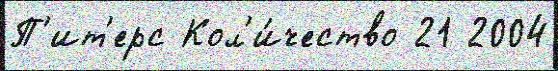
П'ит'ерс Кол'и́чество 21 2004